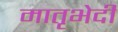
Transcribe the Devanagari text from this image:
मातृभेदी